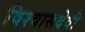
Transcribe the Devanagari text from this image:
विश्वासदेवी